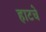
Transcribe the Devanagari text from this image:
हाटचे